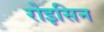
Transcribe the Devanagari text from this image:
रोइसिन